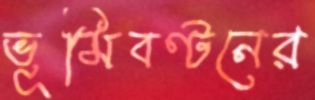
ভূমিবণ্টনের